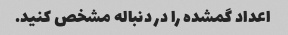
اعداد گمشده را در دنباله مشخص کنید.